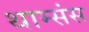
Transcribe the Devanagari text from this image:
थाम्संस